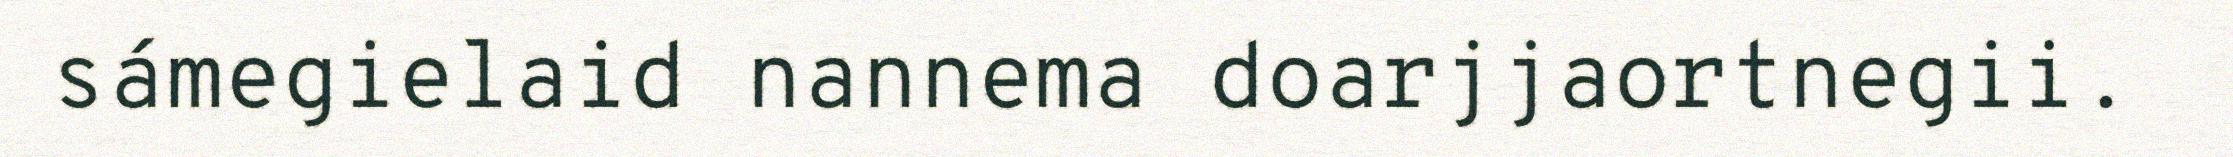
sámegielaid nannema doarjjaortnegii.